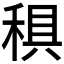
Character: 𥟭